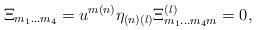
LaTeX: \begin{align*} \Xi _{{ m}_{{1}}\ldots { m}_{{ 4}}} =u^{{ m(n)}} \eta _{{ (n)(l)}}\Xi ^{{ (l)}}_{{m}_{{ 1}}\ldots { m}_{{ 4}}{ m}} = 0 ,\end{align*}